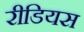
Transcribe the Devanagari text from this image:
रीडियस